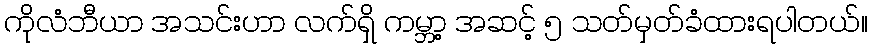
ကိုလံဘီယာ အသင်းဟာ လက်ရှိ ကမ္ဘာ့ အဆင့် ၅ သတ်မှတ်ခံထားရပါတယ်။